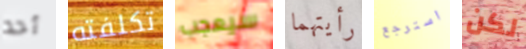
أحد تكلفته سيعجب رأيتهما استرجع لكن